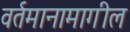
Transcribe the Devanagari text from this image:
वर्तमानामागील